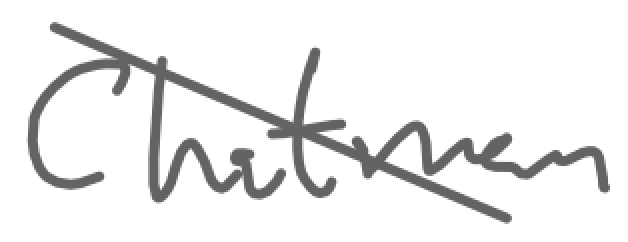
Text: Chatman
Cross-out: diagonal
Writing tool: digital_gray